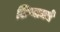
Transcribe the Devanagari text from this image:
शिष्यामधे